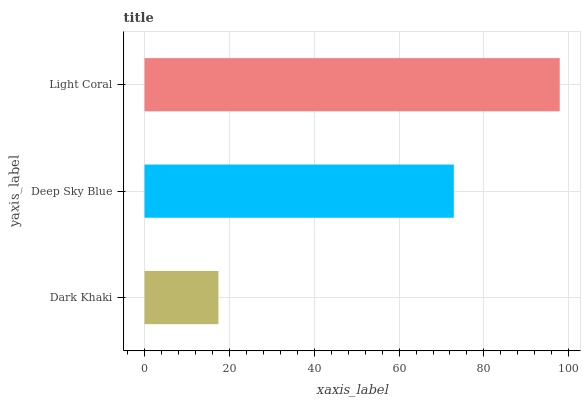
| yaxis_label | bars |
 | --- | --- |
 | Dark Khaki | 17.4 |
 | Deep Sky Blue | 72.9 |
 | Light Coral | 97.9 |